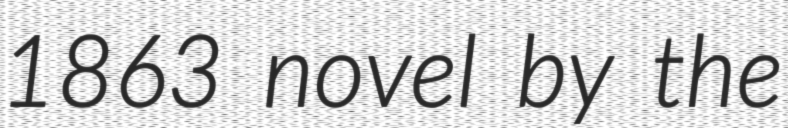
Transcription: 1863 novel by the